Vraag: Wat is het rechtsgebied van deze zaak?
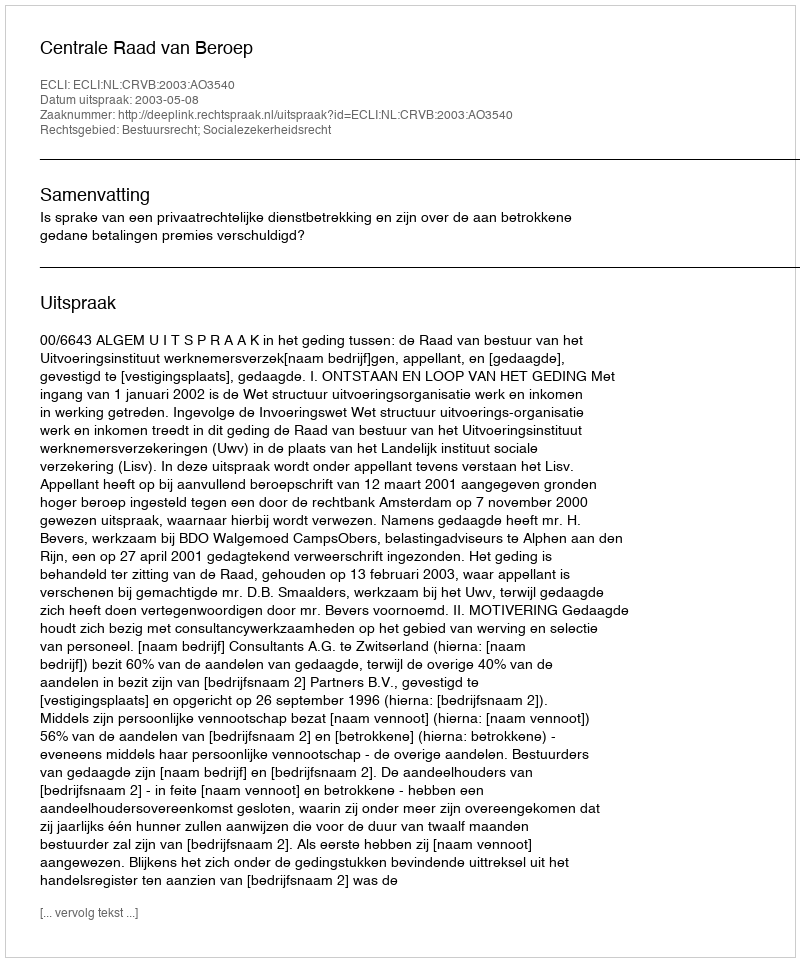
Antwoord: Bestuursrecht; Socialezekerheidsrecht